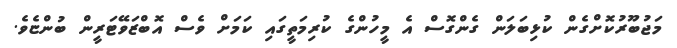
މަޖުބޫރުކޮށްގެން ކުޅިބަލަން ގެންގޮސް އެ މީހުންގެ ކުރިމަތީގައި ކަމަށް ވެސް އޮބްޒަވޭޓަރީން ބުންޏެވެ.